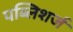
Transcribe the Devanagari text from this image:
पब्लिशर्ज